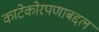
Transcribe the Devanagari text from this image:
काटेकोरपणाबद्दल